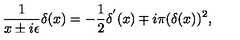
\frac { 1 } { x \pm i \epsilon } \delta ( x ) = - \frac { 1 } { 2 } \delta ^ { ' } ( x ) \mp i \pi ( \delta ( x ) ) ^ { 2 } ,